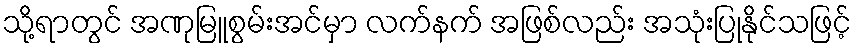
သို့ရာတွင် အဏုမြူစွမ်းအင်မှာ လက်နက် အဖြစ်လည်း အသုံးပြုနိုင်သဖြင့်